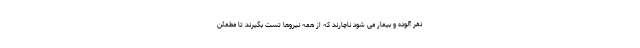
نفر آلوده و بیمار می شود ناچارند که از همه نیروها تست بگیرند تا مطمئن